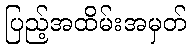
ပြည့်အထိမ်းအမှတ်